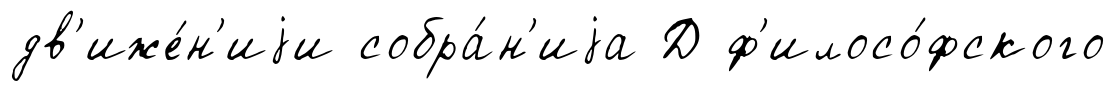
дв'иже́н'иjи собра́н'иjа Д ф'илосо́фского